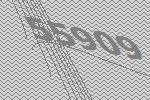
55909